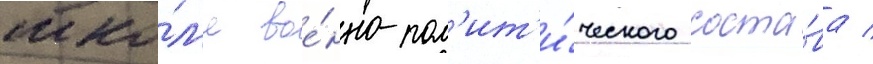
шко́л'е вое́нно-пол'ит'и́ческого соста́ва /